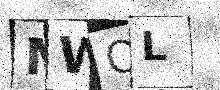
Text: MWQL